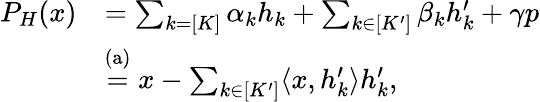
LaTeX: \begin{array}{rl}{P_{H}(x)}&{=\sum_{k=[K]}\alpha_{k}h_{k}+\sum_{k\in[K^{\prime}]}\beta_{k}h_{k}^{\prime}+\gamma p}\\ &{\stackrel{\mathrm{(a)}}{=}x-\sum_{k\in[K^{\prime}]}\langle x,h_{k}^{\prime}\rangle h_{k}^{\prime},}\end{array}